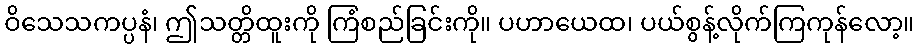
ဝိသေသကပ္ပနံ၊ ဤသတ္တိထူးကို ကြံစည်ခြင်းကို။ ပဟာယေထ၊ ပယ်စွန့်လိုက်ကြကုန်လော့။